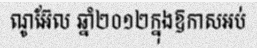
ណូអ៊ែល ឆ្នាំ២០១២ក្នុងឱកាសអប់